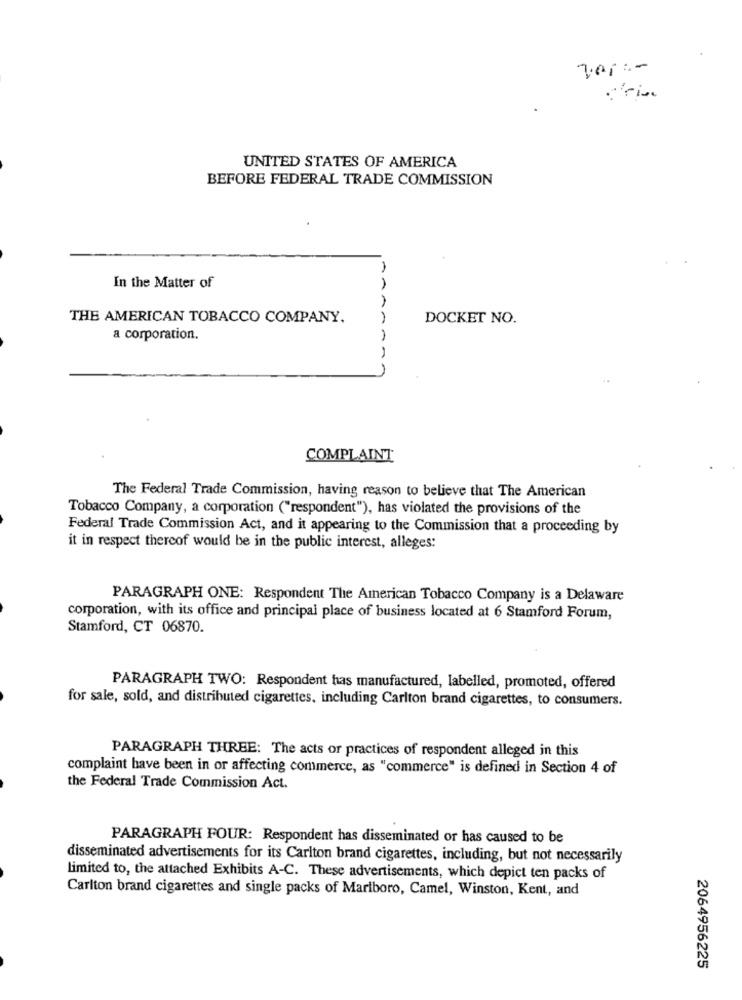
UNITED STATES OF AMERICA
BEFORE FEDERAL TRADE COMMISSION
In the Matter of
AA
THE AMERICAN TOBACCO COMPANY.
DOCKET NO.
a corporation.
COMPLAINT
The Federal Trade Commission, having reason to believe that The American
Tobacco Company, a corporation ("respondent"), has violated the provisions of the
Federal Trade Commission Act, and it appearing to the Commission that a proceeding by
it in respect thereof would be in the public interest, alleges:
PARAGRAPH ONE: Respondent The American Tobacco Company is a Delaware
corporation, with its office and principal place of business located at 6 Stamford Forum,
Stamford, CT 06870.
PARAGRAPH TWO: Respondent has manufactured, labelled, promoted, offered
for sale, sold, and distributed cigarettes, including Carlton brand cigarettes, to consumers.
PARAGRAPH THREE: The acts or practices of respondent alleged in this
complaint have been in or affecting commerce, as "commerce" is defined in Section 4 of
the Federal Trade Commission Act.
PARAGRAPH FOUR: Respondent has disseminated or has caused to be
disseminated advertisements for its Carlton brand cigarettes, including, but not necessarily
Limited to, the attached Exhibits A-C. These advertisements, which depict ten packs of
Carlton brand cigarettes and single packs of Marlboro, Camel, Winston, Kent, and
2064956225